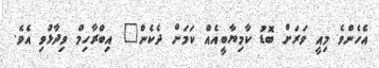
އެހެންވެ މިއީ ވަރަށް ބޮޑު ކާމިޔާބީއެއް ކަމަށް ދެކެން" އިބްރާހިމް ވިދާޅުވި އެވެ.